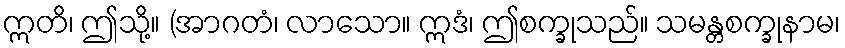
ဣတိ၊ ဤသို့။ (အာဂတံ၊ လာသော။ ဣဒံ၊ ဤစက္ခုသည်။ သမန္တစက္ခုနာမ၊